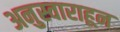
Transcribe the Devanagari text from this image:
अनुस्वाराहून